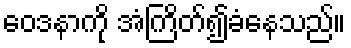
ဝေဒနာကို အံကြိတ်၍ခံနေသည်။